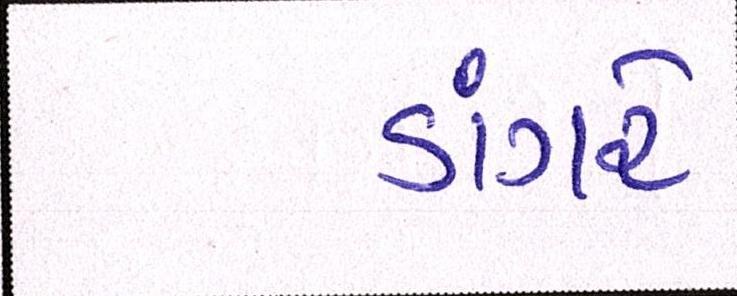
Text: ડાંગરે